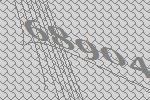
68904